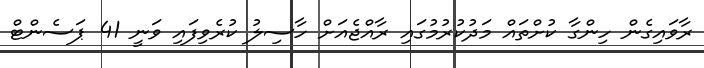
ރާވައިގެން ހިންގާ ކުށްތައް މަދުކުރުމުގައި ރާއްޖެއަށް ހާސިލު ކުރެވިފައި ވަނީ 41 ޕަސެންޓް